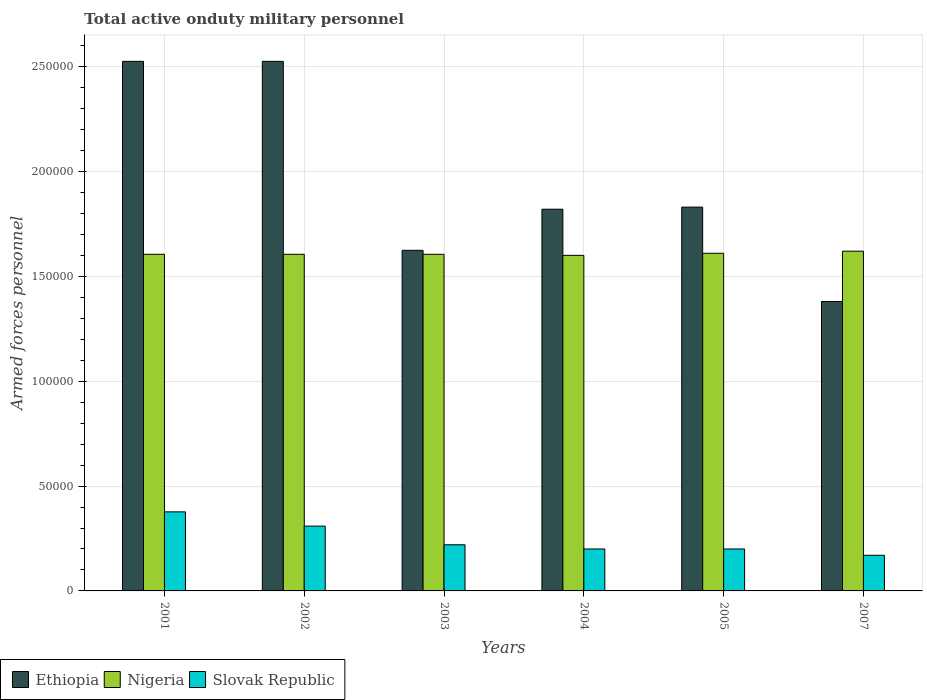
| Years | Ethiopia | Nigeria | Slovak Republic |
 | --- | --- | --- | --- |
 | 2001 | 2.52e+05 | 1.60e+05 | 3.77e+04 |
 | 2002 | 2.52e+05 | 1.60e+05 | 3.09e+04 |
 | 2003 | 1.62e+05 | 1.60e+05 | 2.2e+04 |
 | 2004 | 1.82e+05 | 1.6e+05 | 2e+04 |
 | 2005 | 1.83e+05 | 1.61e+05 | 2e+04 |
 | 2007 | 1.38e+05 | 1.62e+05 | 1.7e+04 |